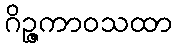
ဂိဉ္ဇကာဝသထာ